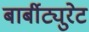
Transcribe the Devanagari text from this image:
बार्बीट्युरेट